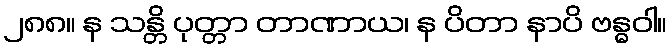
၂၈၈။ န သန္တိ ပုတ္တာ တာဏာယ၊ န ပိတာ နာပိ ဗန္ဓဝါ။